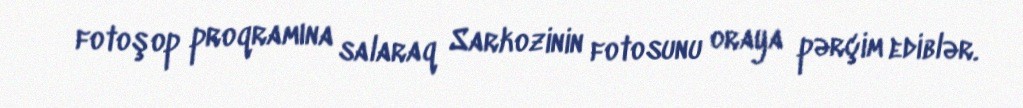
fotoşop proqramına salaraq Sarkozinin fotosunu oraya pərçim ediblər.